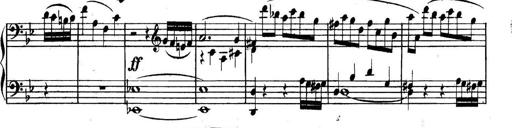
Title: Collected Piano Sonatas
Composer: Muzio Clementi